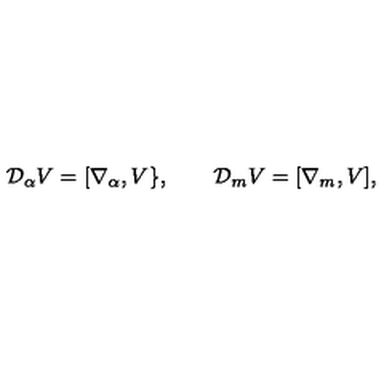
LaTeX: { \cal D } _ { \alpha } V = [ \nabla _ { \alpha } , V \} , \qquad { \cal D } _ { m } V = [ \nabla _ { m } , V ] ,